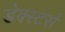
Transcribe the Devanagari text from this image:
डेक्स्टर्स